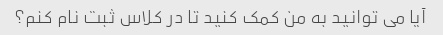
آیا می توانید به من کمک کنید تا در کلاس ثبت نام کنم؟